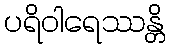
ပရိဝါရေဿန္တိ